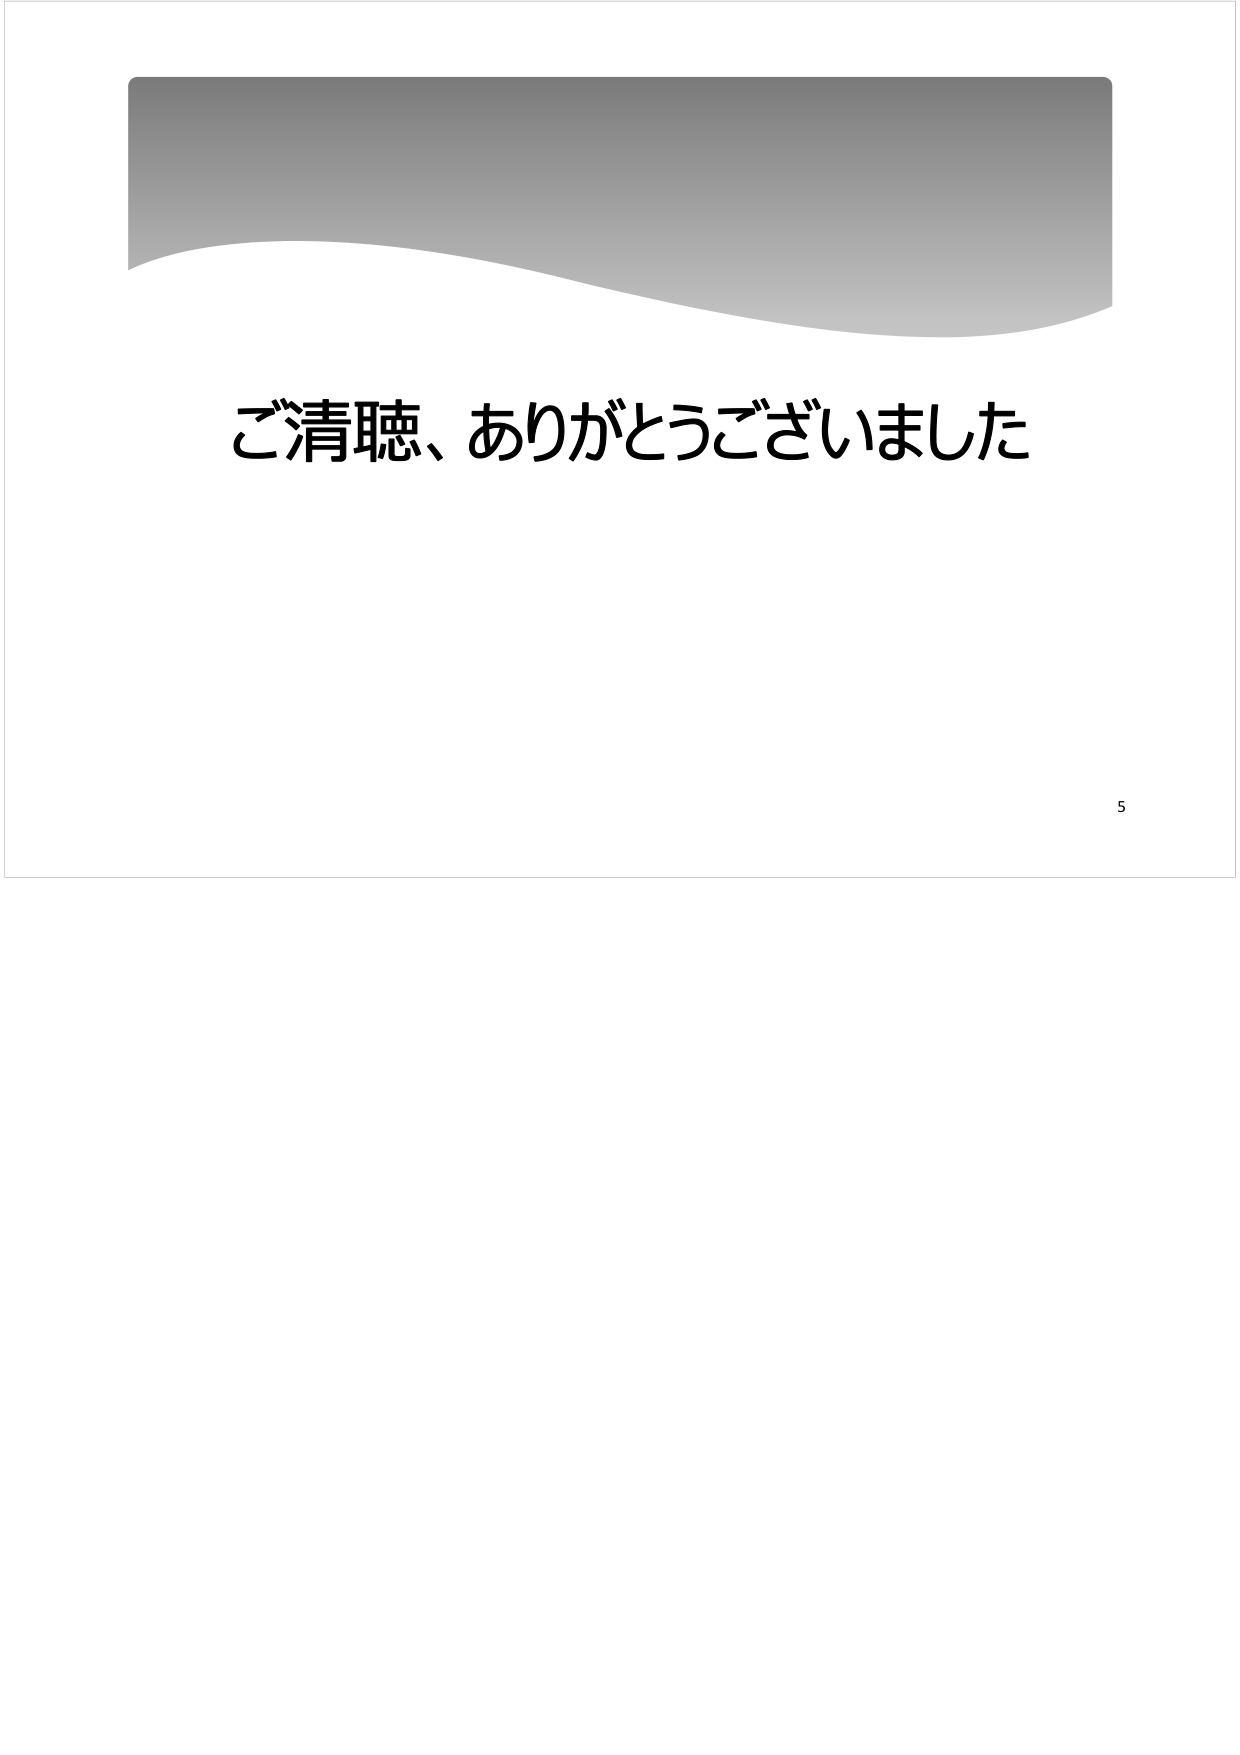
ご清聴、ありがとうございました
5